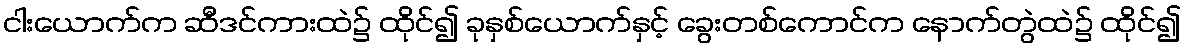
ငါးယောက်က ဆီဒင်ကားထဲ၌ ထိုင်၍ ခုနှစ်ယောက်နှင့် ခွေးတစ်ကောင်က နောက်တွဲထဲ၌ ထိုင်၍